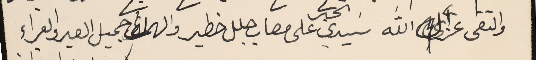
والتقى عز الله سَيدي الحبر على مصاب جلل خطير والهمه جميل الصبر والعزاء